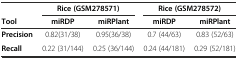
<table><thead><tr><td></td><td colspan="2"><b>Rice (GSM278571)</b></td><td colspan="2"><b>Rice (GSM278572)</b></td></tr><tr><td><b>Tool</b></td><td><b>miRDP</b></td><td><b>miRPlant</b></td><td><b>miRDP</b></td><td><b>miRPlant</b></td></tr></thead><tbody><tr><td><b>Precision</b></td><td>0.82(31/38)</td><td>0.95(36/38)</td><td>0.7 (44/63)</td><td>0.83 (52/63)</td></tr><tr><td><b>Recall</b></td><td>0.22 (31/144)</td><td>0.25 (36/144)</td><td>0.24 (44/181)</td><td>0.29 (52/181)</td></tr></tbody></table>